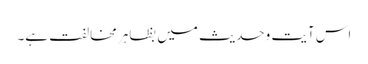
اس آیت وحدیث میں بظاہر مخالفت ہے۔